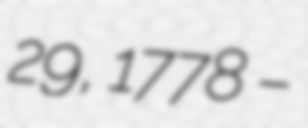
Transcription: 29, 1778 –